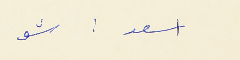
اسعد : شو